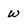
Character: w